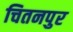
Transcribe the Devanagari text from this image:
चितनपुर